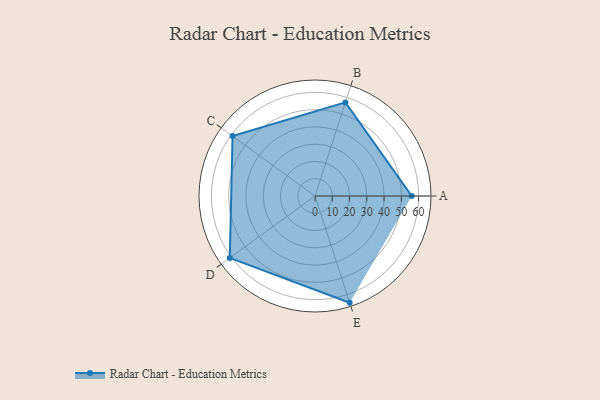
{"axis": {"x": "Skill", "y": "Score"}, "legend": ["Profile"], "data": [{"x": "A", "y": 56.0, "type": "Profile"}, {"x": "B", "y": 57.0, "type": "Profile"}, {"x": "C", "y": 59.0, "type": "Profile"}, {"x": "D", "y": 61.0, "type": "Profile"}, {"x": "E", "y": 65.0, "type": "Profile"}]}